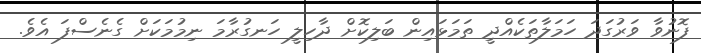
ފޮނުވާ ވަރުގަދަ ހަމަލާތަކެއްދީ ތަމަޅައިން ބަލިކޮށް ދާހިލީ ހަނގުރާމަ ނިމުމަކަަށް ގެނެސްފަ އެވެ.